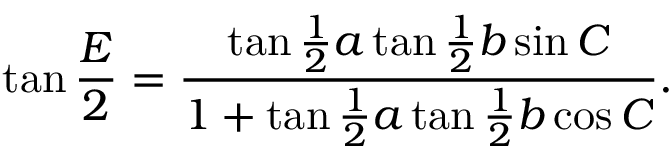
\tan { \frac { E } { 2 } } = { \frac { \tan { \frac { 1 } { 2 } } a \tan { \frac { 1 } { 2 } } b \sin C } { 1 + \tan { \frac { 1 } { 2 } } a \tan { \frac { 1 } { 2 } } b \cos C } } .